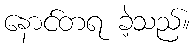
နောင်တရ ခဲ့သည်။